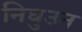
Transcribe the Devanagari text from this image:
निघुउन